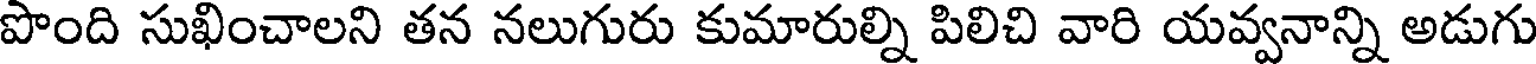
పొంది సుఖించాలని తన నలుగురు కుమారుల్ని పిలిచి వారి యవ్వనాన్ని అడుగు